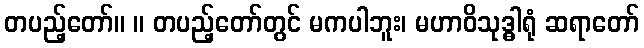
တပည့်တော်။ ။ တပည့်တော်တွင် မကပါဘူး၊ မဟာဝိသုဒ္ဓါရုံ ဆရာတော်